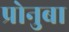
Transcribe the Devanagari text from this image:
प्रोनुबा